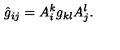
\hat { g } _ { i j } = A _ { i } ^ { k } g _ { k l } A _ { j } ^ { l } .